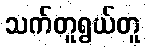
သက်တူရွယ်တူ